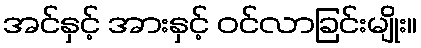
အင်နှင့် အားနှင့် ဝင်လာခြင်းမျိုး။